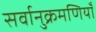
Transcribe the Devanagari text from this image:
सर्वानुक्रमणियाँ